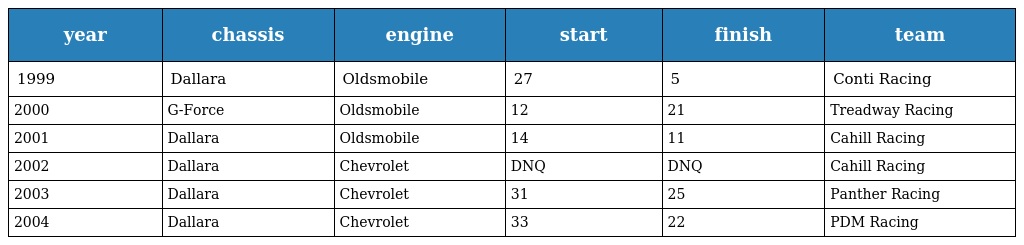
| year | chassis | engine | start | finish | team |
 | --- | --- | --- | --- | --- | --- |
 | 1999 | Dallara | Oldsmobile | 27 | 5 | Conti Racing |
 | 2000 | G-Force | Oldsmobile | 12 | 21 | Treadway Racing |
 | 2001 | Dallara | Oldsmobile | 14 | 11 | Cahill Racing |
 | 2002 | Dallara | Chevrolet | DNQ | DNQ | Cahill Racing |
 | 2003 | Dallara | Chevrolet | 31 | 25 | Panther Racing |
 | 2004 | Dallara | Chevrolet | 33 | 22 | PDM Racing |